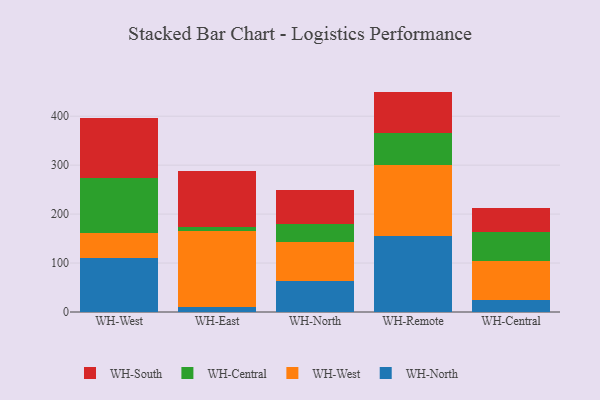
{"axis": {"x": "Warehouse", "y": "Humidity (%)"}, "legend": ["WH-Central", "WH-North", "WH-South", "WH-West"], "data": [{"x": "WH-West", "y": 110.6, "type": "WH-North"}, {"x": "WH-West", "y": 50.4, "type": "WH-West"}, {"x": "WH-West", "y": 112.1, "type": "WH-Central"}, {"x": "WH-West", "y": 124.1, "type": "WH-South"}, {"x": "WH-East", "y": 9.4, "type": "WH-North"}, {"x": "WH-East", "y": 156.9, "type": "WH-West"}, {"x": "WH-East", "y": 6.8, "type": "WH-Central"}, {"x": "WH-East", "y": 114.5, "type": "WH-South"}, {"x": "WH-North", "y": 63.0, "type": "WH-North"}, {"x": "WH-North", "y": 79.8, "type": "WH-West"}, {"x": "WH-North", "y": 36.6, "type": "WH-Central"}, {"x": "WH-North", "y": 69.5, "type": "WH-South"}, {"x": "WH-Remote", "y": 155.1, "type": "WH-North"}, {"x": "WH-Remote", "y": 145.1, "type": "WH-West"}, {"x": "WH-Remote", "y": 65.0, "type": "WH-Central"}, {"x": "WH-Remote", "y": 85.0, "type": "WH-South"}, {"x": "WH-Central", "y": 23.8, "type": "WH-North"}, {"x": "WH-Central", "y": 80.2, "type": "WH-West"}, {"x": "WH-Central", "y": 59.4, "type": "WH-Central"}, {"x": "WH-Central", "y": 48.2, "type": "WH-South"}]}